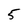
Character: 5